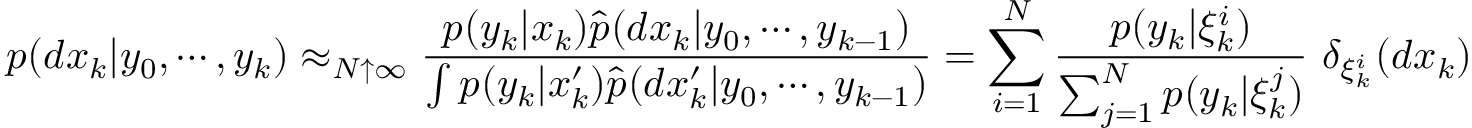
p ( d x _ { k } | y _ { 0 } , \cdots , y _ { k } ) \approx _ { N \uparrow \infty } { \frac { p ( y _ { k } | x _ { k } ) { \widehat { p } } ( d x _ { k } | y _ { 0 } , \cdots , y _ { k - 1 } ) } { \int p ( y _ { k } | x _ { k } ^ { \prime } ) { \widehat { p } } ( d x _ { k } ^ { \prime } | y _ { 0 } , \cdots , y _ { k - 1 } ) } } = \sum _ { i = 1 } ^ { N } { \frac { p ( y _ { k } | \xi _ { k } ^ { i } ) } { \sum _ { j = 1 } ^ { N } p ( y _ { k } | \xi _ { k } ^ { j } ) } } ~ \delta _ { \xi _ { k } ^ { i } } ( d x _ { k } )